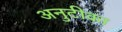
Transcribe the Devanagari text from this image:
अनुटीका